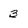
Character: 3